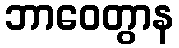
ဘာဝေတွာန